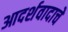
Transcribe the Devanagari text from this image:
आदर्शवादाचे